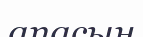
апасын